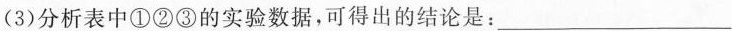
(3)分析表中①②③的实验数据，可得出的结论是：___